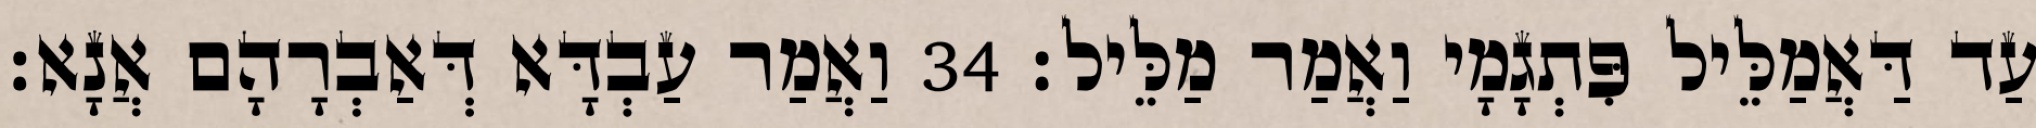
עַד דַּאֲמַלֵּיל פִּתְגָמָי וַאֲמַר מַלֵּיל׃ 34 וַאֲמַר עַבְדָּא דְּאַבְרָהָם אֲנָא׃